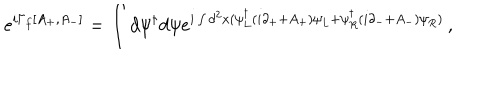
LaTeX: e ^ { i \Gamma _ { f } [ A _ { + } , A _ { - } ] } = \int d \psi ^ { \dagger } d \psi e ^ { i \int d ^ { 2 } x ( \psi _ { L } ^ { \dagger } ( i \partial _ { + } + A _ { + } ) \psi _ { L } + \psi _ { R } ^ { \dagger } ( i \partial _ { - } + A _ { - } ) \psi _ { R } ) } \, ,